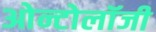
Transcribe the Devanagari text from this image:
ओन्टोलॉजी